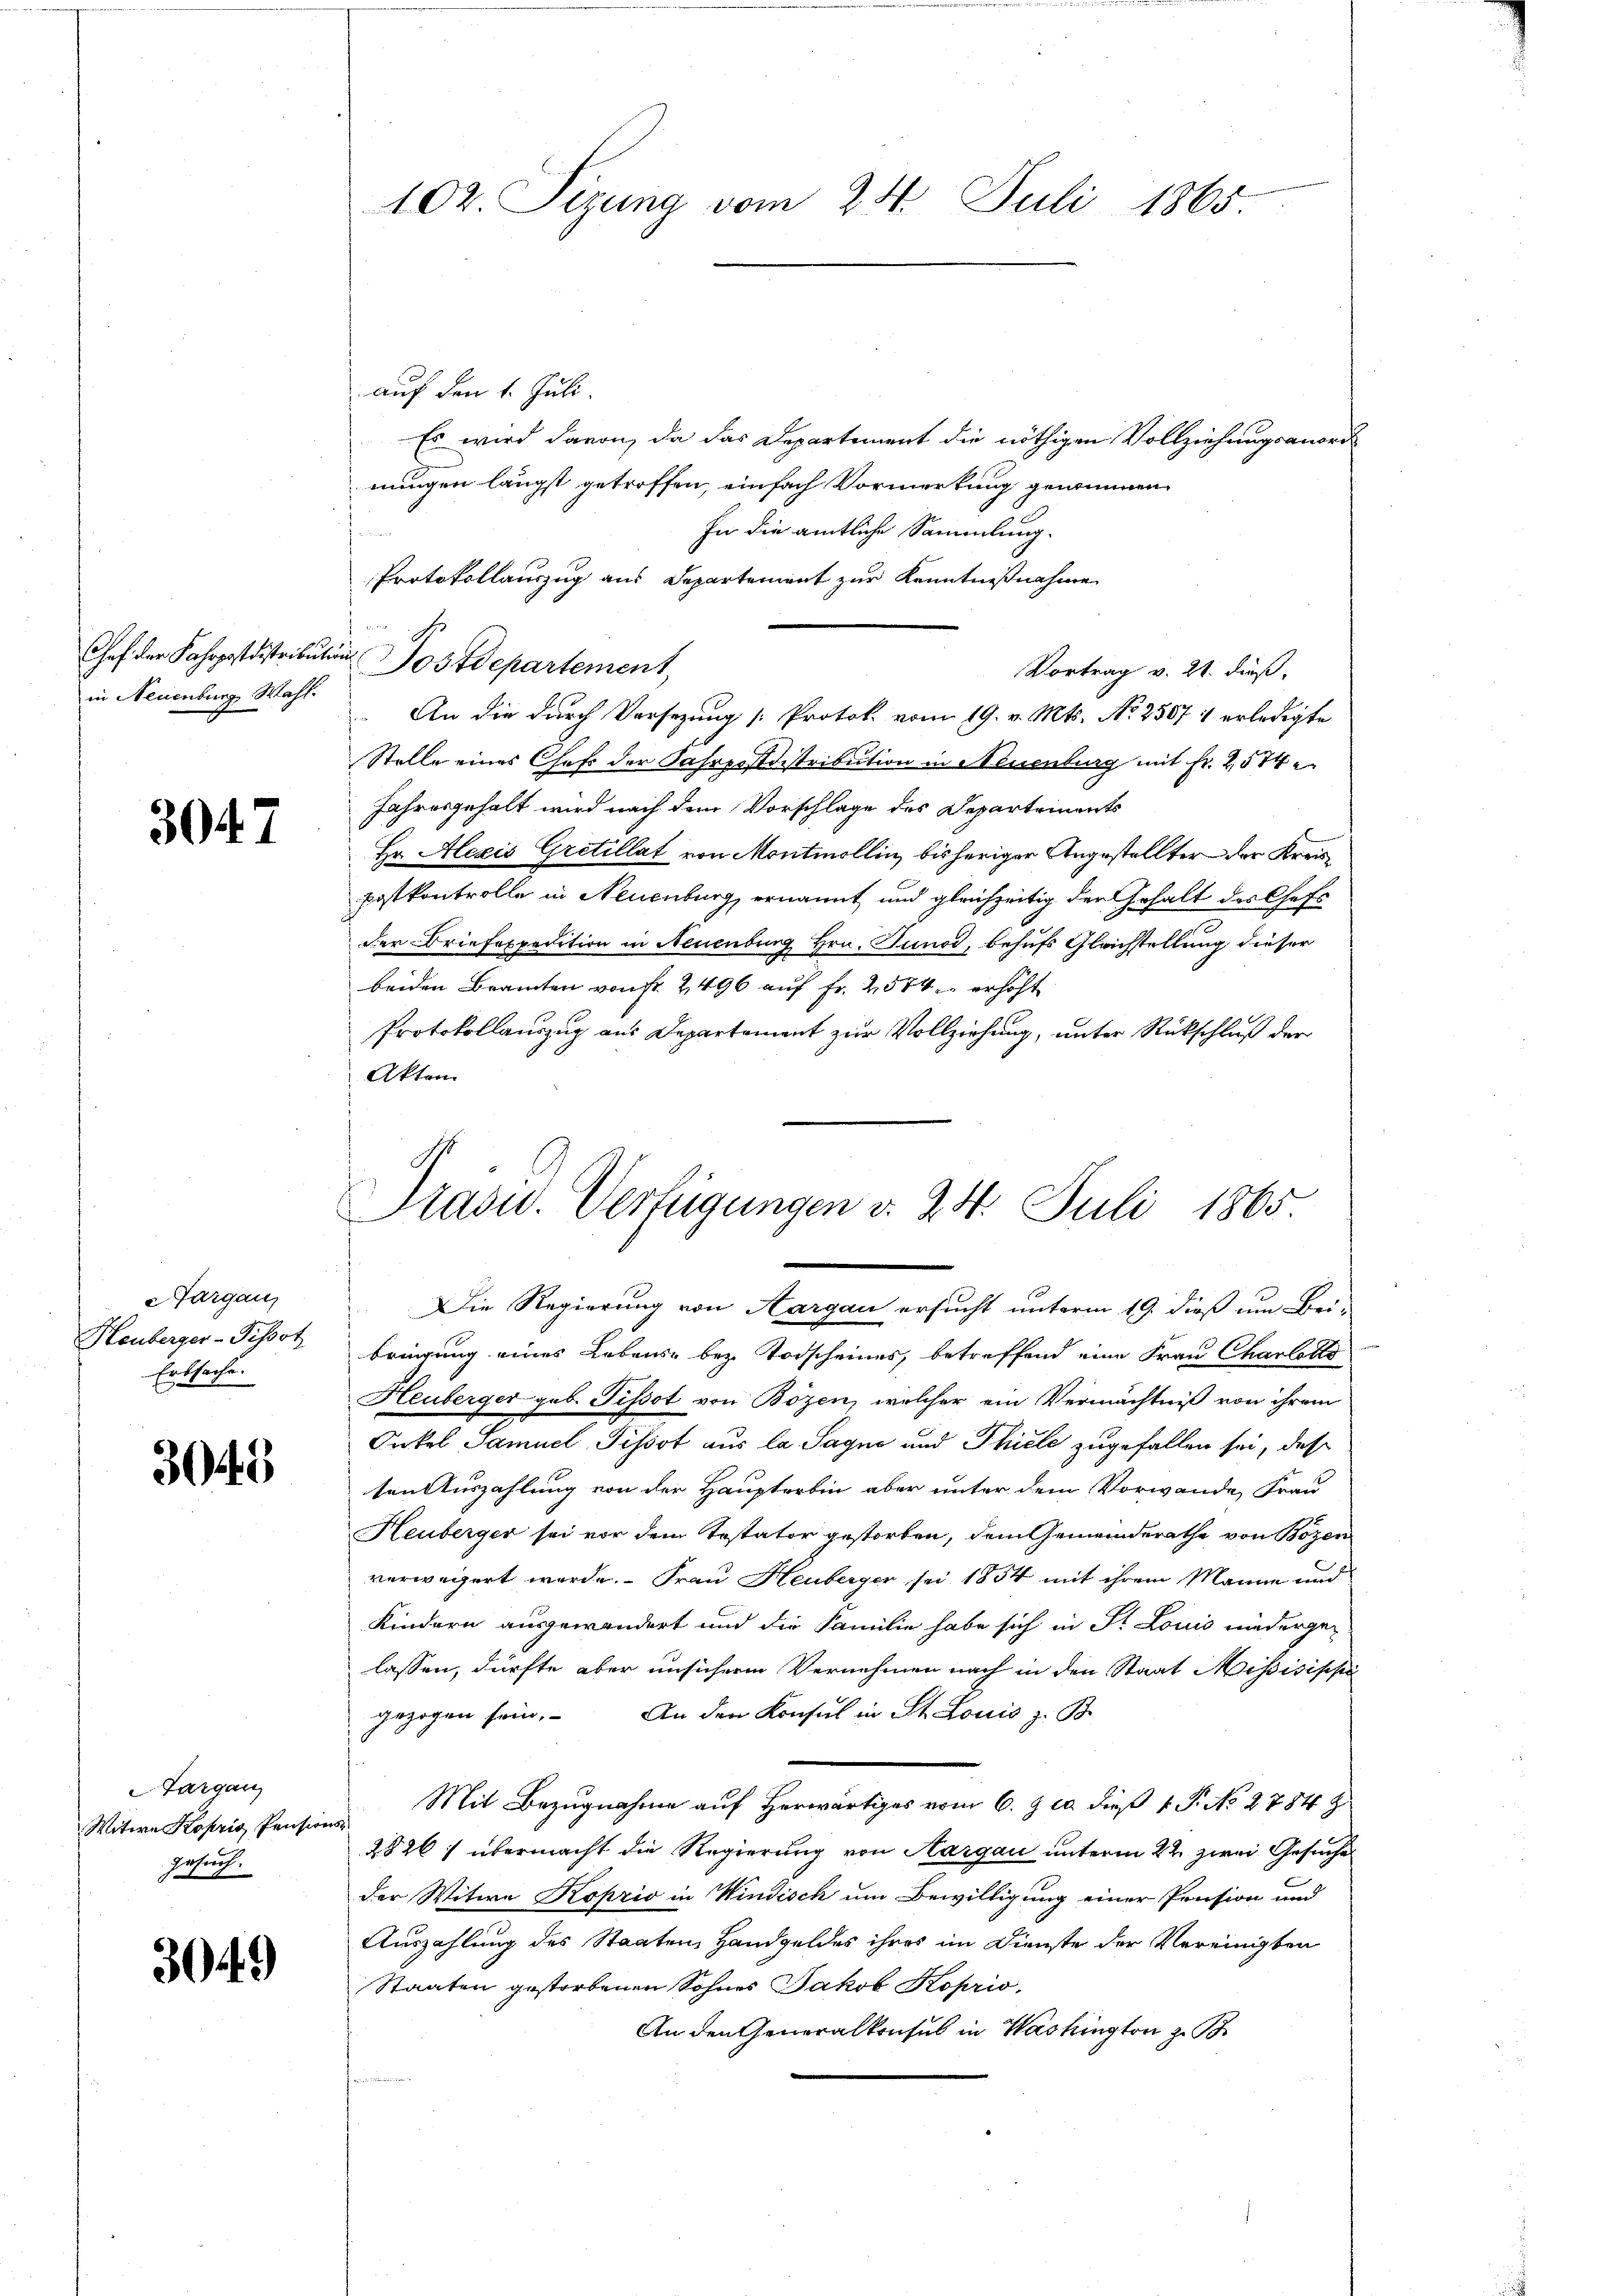
in Neuenburg, Wahl.

3047

Aargau,
Heuberger-Tissot
Erbsache.

3045

Aargau
.

3049

102. Sizung vom 24. Juli 1865.

auf den 1. Juli.
Es wird davon, da das Departement die nöthigen Vollziehungsanord
nungen längst getroffen, einfach Vormerkung genommen
In die amtliche Sammlung
Jen
Protokollauszug aus Departement zur Kenntnißnahme
Chef der Fahrpostdistributions Postdepartement,
Vortrag v. 21. dieß,
 An die durch Vorsezung [Protok. vom 19. v. Mts. No 2507 : erledigte
Stelle eines Chef der Fahrpostistribution in Neuenburg mit Fr. 2574
Jahresgehalt wird nach dem Vorschlage des Departeinants
Hr. Alexis Gretillat von Montmollin, bisheriger Angestellter der Kreis¬
Postkontrolle in Neuenburg, ernannt und gleichzeitig der Gehalt des Chefs
der Briefospedition in Neuenburg, Hrn. Junod, behufs Gleichstellung dieser
beiden Beamten von fr. 2496 auf Fr. 2574 erhöht
Protokollauszug aus Departement zur Vollziehung, unter Rückschluß der
Akten
Die Regierung von Aargau ersucht unterm 19. dieß um Bei-
bringung eines Lebens- bez. Todscheines, betreffend eine Frau Charlotts
Heuberger geb. Pissot von Bözen, welcher ein Vermächtniß von ihrem
Onkel Samuel Tissot aus la Sagne und Thiele zugefallen sei, das
ten Auszahlung von der Haupterbin aber unter dem Vorwande Frau
Heuberger sei vor dem Testator gestorben, dem Gemeinderathe von Bozen
verweiert werde. Frau Heuberger sei 1854 mit ihrem Manne und
Kindern ausgewandert und die Familie habe sich in St. Louis niedergelassen, dürfte aber unsichere Vernehmen nach in den Staat Missisische
gezogen sein. An den Konsul in St. Louis z. B.
Witwe Kopris Pension Mit Bezŭgnahme aŭf herwärtiges vom 6. & ca. dieß V. P. No 2784 z
2826) übermacht die Regierung von Aargau unterm 22. zwei Gesuche
der Witwe Koprio in Windisch um Bewilligung einer Prusion und
Auszahlung des Staaten, Handgeldes ihres im Dienste der Vereinigten
Staaten gestorbenen Sohnes Jakob Koprio,
An den Generalkonsul in Washington z. B.

Präsid. Verfügungen v. 24. Juli 1865.
4